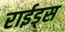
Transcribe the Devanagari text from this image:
राईड्स